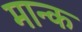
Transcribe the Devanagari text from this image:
मान्क